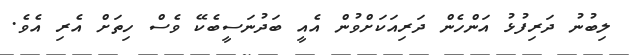
ލިބުނު ދަރިފުޅު އަންހެން ދަރިއަކަށްވުން އެއީ ބަދުނަސީބެކޭ ވެސް ހިތަށް އެރި އެވެ.